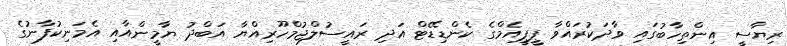
ރިޔާސީ އިންތިހާބުގައި ވާދަކުރައްވާ ޕީޕީއެމްގެ ކެންޑިޑޭޓް އަދި ރައީސުލްޖުމްހޫރިއްޔާ އަބްދު ޔާމީންއާއި އެމަނިކުފާނުގެ